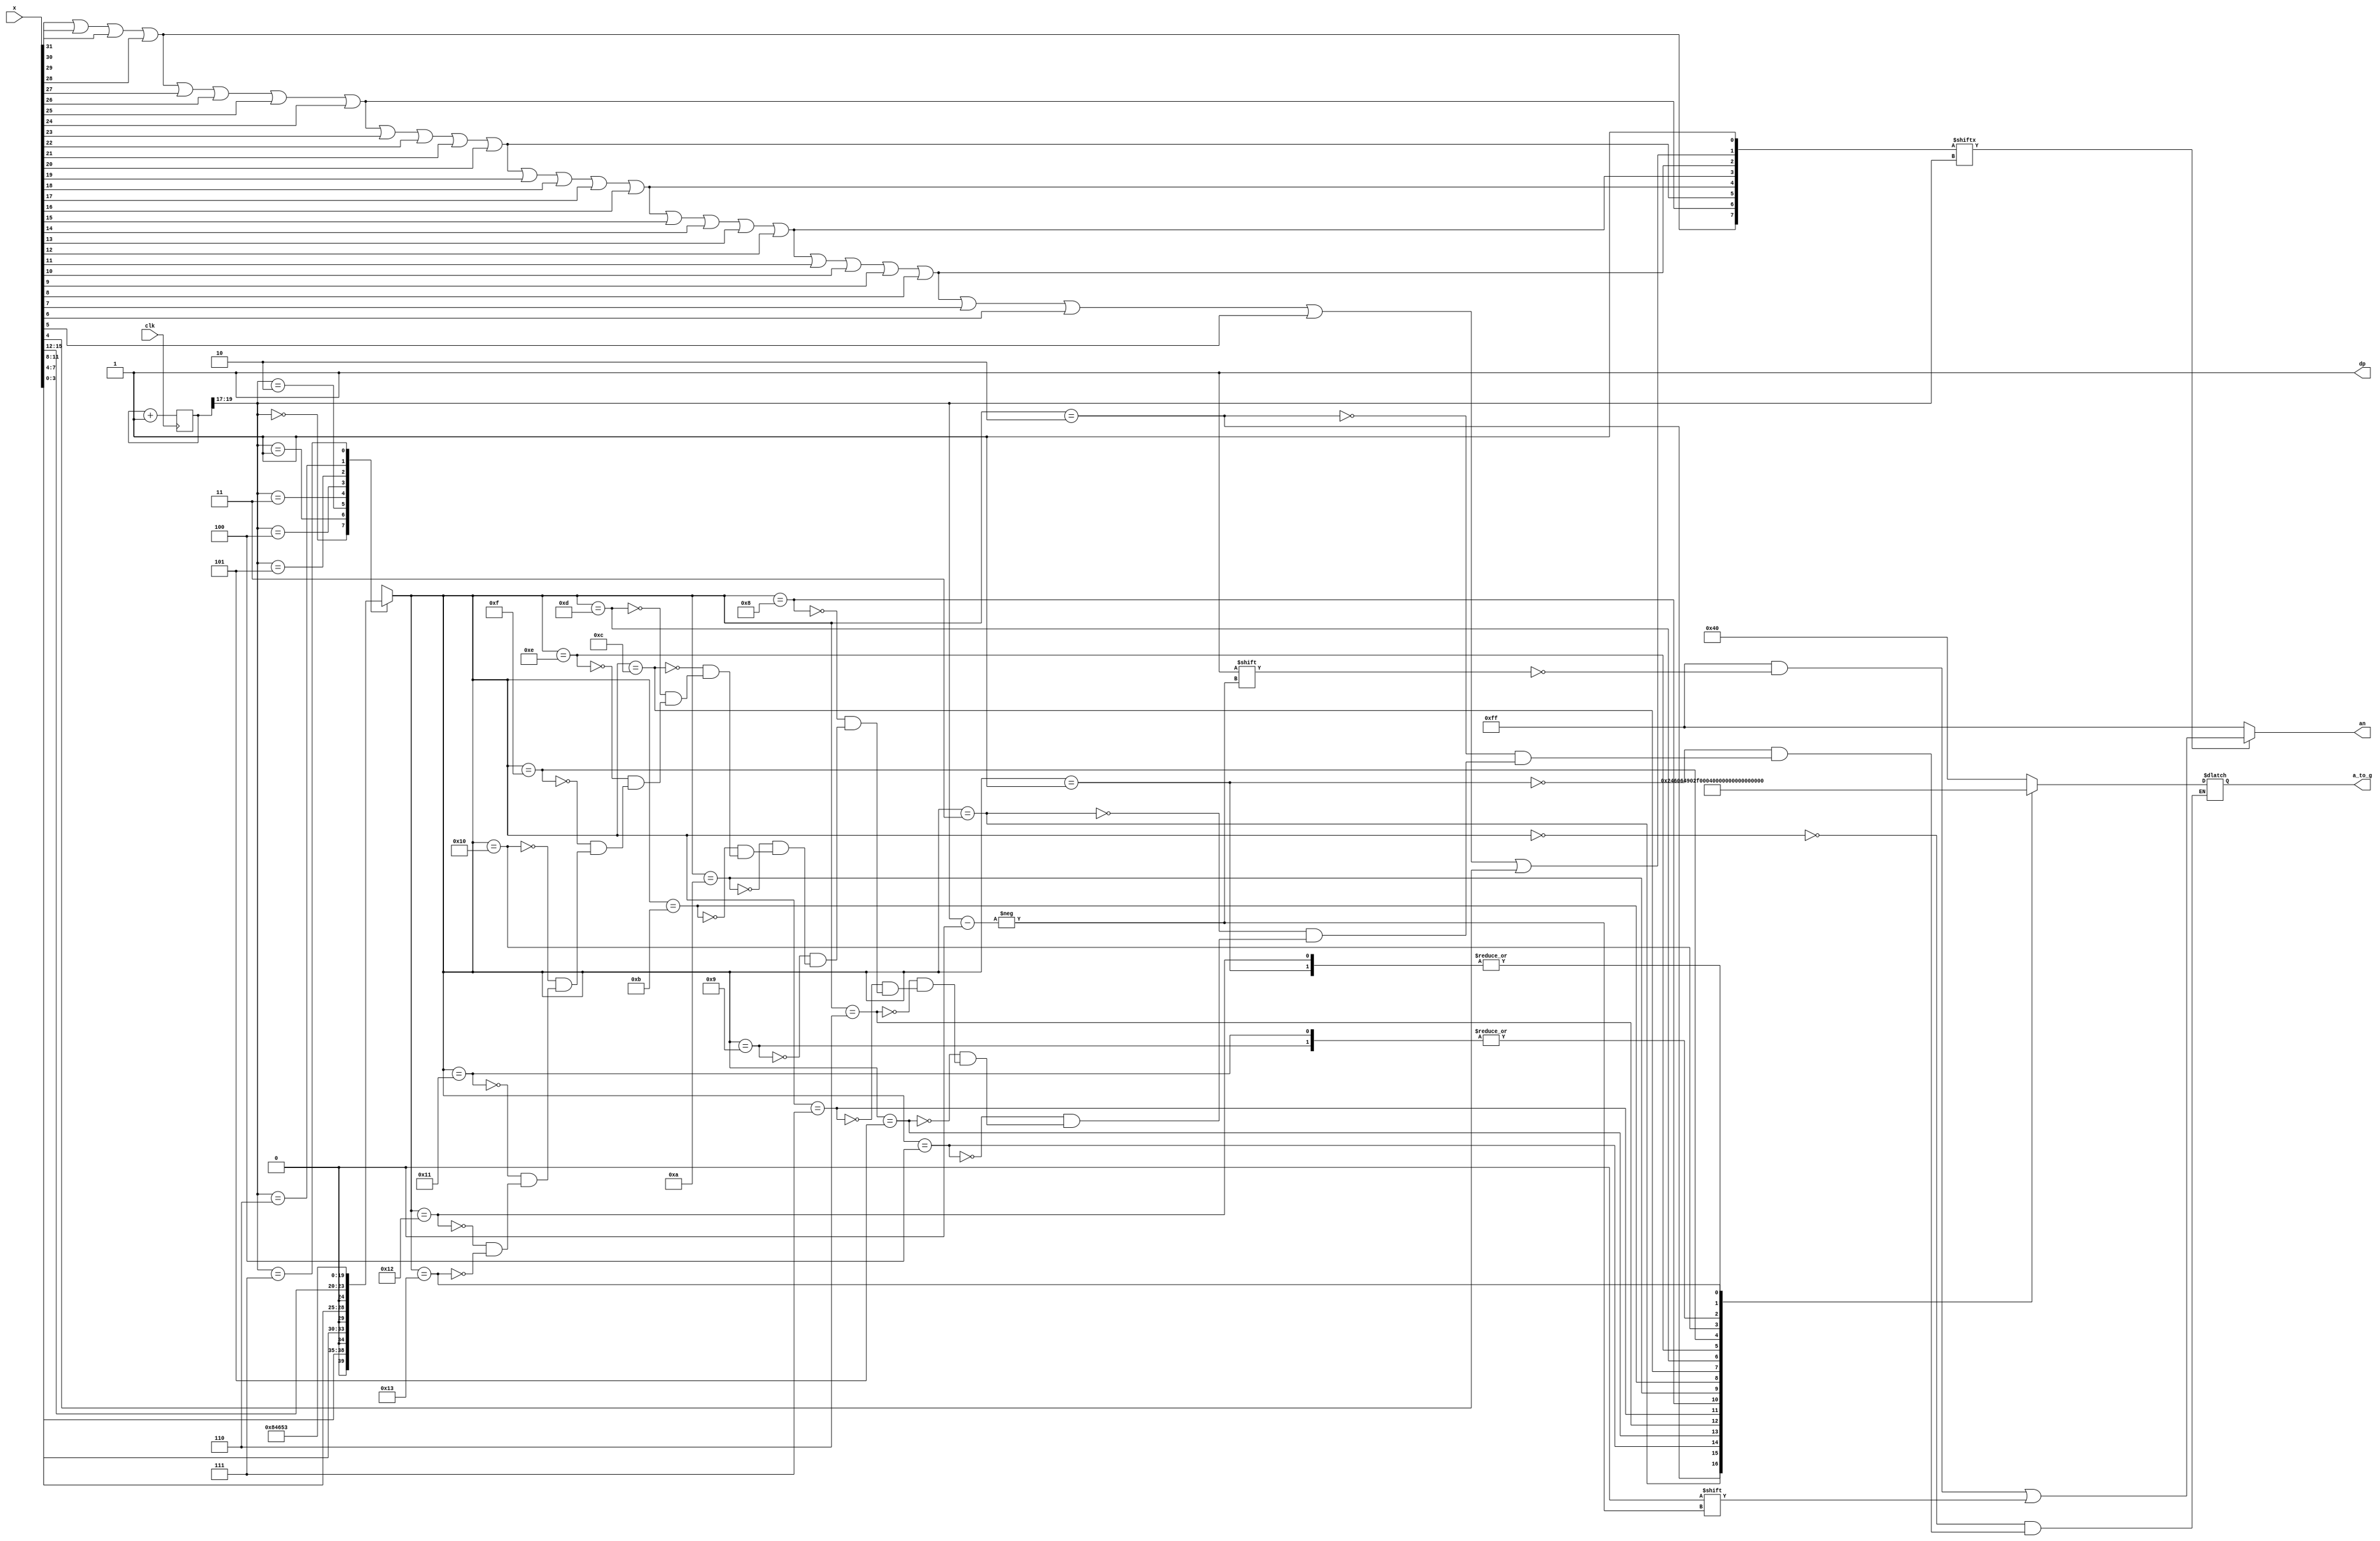
module x7segbc(
    input wire clk,
	input wire [31:0] x,
	output reg [ 6:0] a_to_g,
	output reg [ 7:0] an,
	output wire dp
	);
	wire [ 2:0] s;
	reg  [ 4:0] digit;
	wire [ 7:0] aen;
	reg  [19:0] clkdiv;
	assign dp = 1;
	assign s  = clkdiv[19:17];
	assign aen[7] = x[31] | x[30] | x[29] | x[28];
	assign aen[6] = x[31] | x[30] | x[29] | x[28] |
					x[27] | x[26] | x[25] | x[24];
	assign aen[5] = x[31] | x[30] | x[29] | x[28] |
					x[27] | x[26] | x[25] | x[24] |
					x[23] | x[22] | x[21] | x[20];
	assign aen[4] = x[31] | x[30] | x[29] | x[28] |
					x[27] | x[26] | x[25] | x[24] |
					x[23] | x[22] | x[21] | x[20] |
					x[19] | x[18] | x[17] | x[16];
	assign aen[3] = x[31] | x[30] | x[29] | x[28] |
					x[27] | x[26] | x[25] | x[24] |
					x[23] | x[22] | x[21] | x[20] |
					x[19] | x[18] | x[17] | x[16] |
					x[15] | x[14] | x[13] | x[12];
	assign aen[2] = x[31] | x[30] | x[29] | x[28] |
					x[27] | x[26] | x[25] | x[24] |
					x[23] | x[22] | x[21] | x[20] |
					x[19] | x[18] | x[17] | x[16] |
					x[15] | x[14] | x[13] | x[12] |
					x[11] | x[10] | x[ 9] | x[ 8];
	assign aen[1] = x[31] | x[30] | x[29] | x[28] |
					x[27] | x[26] | x[25] | x[24] |
					x[23] | x[22] | x[21] | x[20] |
					x[19] | x[18] | x[17] | x[16] |
					x[15] | x[14] | x[13] | x[12] |
					x[11] | x[10] | x[ 9] | x[ 8] |
					x[ 7] | x[ 6] | x[ 5] | x[ 4];
	assign aen[0] = 1;	
	always @*
		case (s)
			0: digit       = {1'b0, x[ 3: 0]};
			1: digit       = {1'b0, x[ 7: 4]};
			2: digit       = {1'b0, x[11: 8]};
			3: digit       = {1'b0, x[15:12]};
			4: digit       = 5'b1_0000;
			5: digit       = 5'b1_0001;
			6: digit       = 5'b1_0010;
			7: digit       = 5'b1_0011;
			default: digit = {1'b0, x[ 3: 0]};
		endcase
	always @*
		case (digit)
			0: a_to_g       = 7'b1000000;
			1: a_to_g       = 7'b1111001;
			2: a_to_g       = 7'b0100100;
			3: a_to_g       = 7'b0110000;
			4: a_to_g       = 7'b0011001;
			5: a_to_g       = 7'b0010010;
			6: a_to_g       = 7'b0000010;
			7: a_to_g       = 7'b1111000;
			8: a_to_g       = 7'b0000000;
			9: a_to_g       = 7'b0010000;
			'hA: a_to_g     = 7'b0001000;
			'hB: a_to_g     = 7'b0000011;
			'hC: a_to_g     = 7'b1000110;
			'hD: a_to_g     = 7'b0100001;
			'hE: a_to_g     = 7'b0000110;
			'hF: a_to_g     = 7'b0001110;
			'h10: a_to_g    = 7'b0001011;	
			'h11: a_to_g    = 7'b0010000;	
			'h12: a_to_g    = 7'b1111001;	
			'h13: a_to_g    = 7'b0001001;	
		endcase
	always @*
	begin
		an = 8'b1111_1111;
		if (aen[s] == 1)
			an[s] = 0;
	end
	always @ (posedge clk)
	begin
		clkdiv <= clkdiv + 1;
	end
endmodule